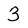
Character: 3